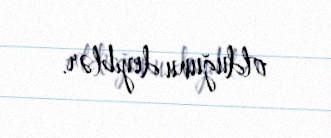
olduğunu deyiblər.